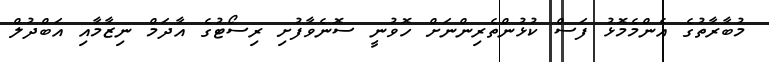
މުބާރާތުގެ އެންމެމޮޅު ފަސް ކުޅުންތެރިންނަށް ހޮވުނީ ސޮނެވާފުށި ރިސޯޓުގެ އާދަމް ނިޒާމާއި އަބްދުލް